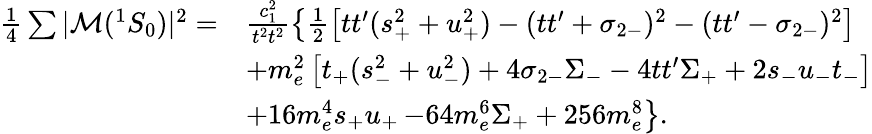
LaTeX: \begin{array}{ll}{{\frac{1}{4}\sum|{\cal M}(^{1}S_{0})|^{2}=}}&{{\frac{c_{1}^{2}}{t^{2}t^{2}}\left\{ \frac{1}{2}\left[tt^{\prime}(s_{+}^{2}+u_{+}^{2})-(tt^{\prime}+\sigma_{2-})^{2}-(tt^{\prime}-\sigma_{2-})^{2}\right]\right.}}\\ {{}}&{{+m_{e}^{2}\left[t_{+}(s_{-}^{2}+u_{-}^{2})+4\sigma_{2-}\Sigma_{-}-4tt^{\prime}\Sigma_{+}+2s_{-}u_{-}t_{-}\right]}}\\ {{}}&{{+16m_{e}^{4}s_{+}u_{+}\left.-64m_{e}^{6}\Sigma_{+}+256m_{e}^{8}\right\} .}}\end{array}